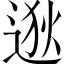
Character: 逖